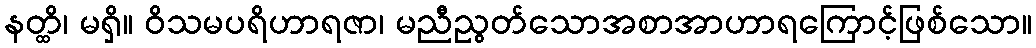
နတ္ထိ၊ မရှိ။ ဝိသမပရိဟာရဇာ၊ မညီညွတ်သောအစာအာဟာရကြောင့်ဖြစ်သော။